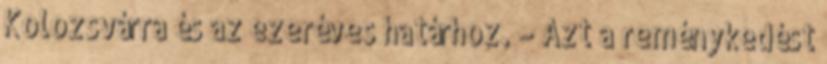
Kolozsvárra és az ezeréves határhoz. – Azt a reménykedést